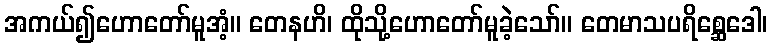
အကယ်၍ဟောတော်မူအံ့။ တေနဟိ၊ ထိုသို့ဟောတော်မူခဲ့သော်။ တေမာသပရိစ္ဆေဒေါ၊